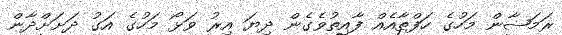
ރަމަޟާން މަހުގެ ހަފްތާއެއް ފާއިތުވެގެން ދިޔަ އިރު ވަޅޯ މަހުގެ އަގު ދަށަށްދާން